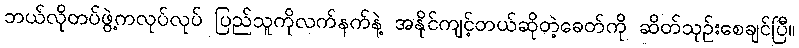
ဘယ်လိုတပ်ဖွဲ့ကလုပ်လုပ် ပြည်သူကိုလက်နက်နဲ့ အနိုင်ကျင့်တယ်ဆိုတဲ့ခေတ်ကို ဆိတ်သုဉ်းစေချင်ပြီ။